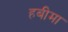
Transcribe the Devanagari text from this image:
हबीमा